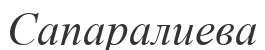
Сапаралиева